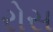
રોસ